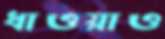
ধাওয়াও